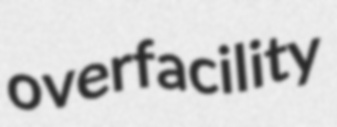
overfacility